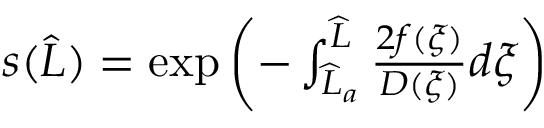
\begin{array} { r } { s ( \widehat { L } ) = \exp \left( - \int _ { \widehat { L } _ { a } } ^ { \widehat { L } } \frac { 2 f ( \xi ) } { D ( \xi ) } d \xi \right) } \end{array}